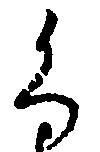
く